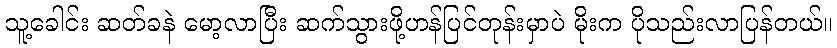
သူ့ခေါင်း ဆတ်ခနဲ မော့လာပြီး ဆက်သွားဖို့ဟန်ပြင်တုန်းမှာပဲ မိုးက ပိုသည်းလာပြန်တယ်။